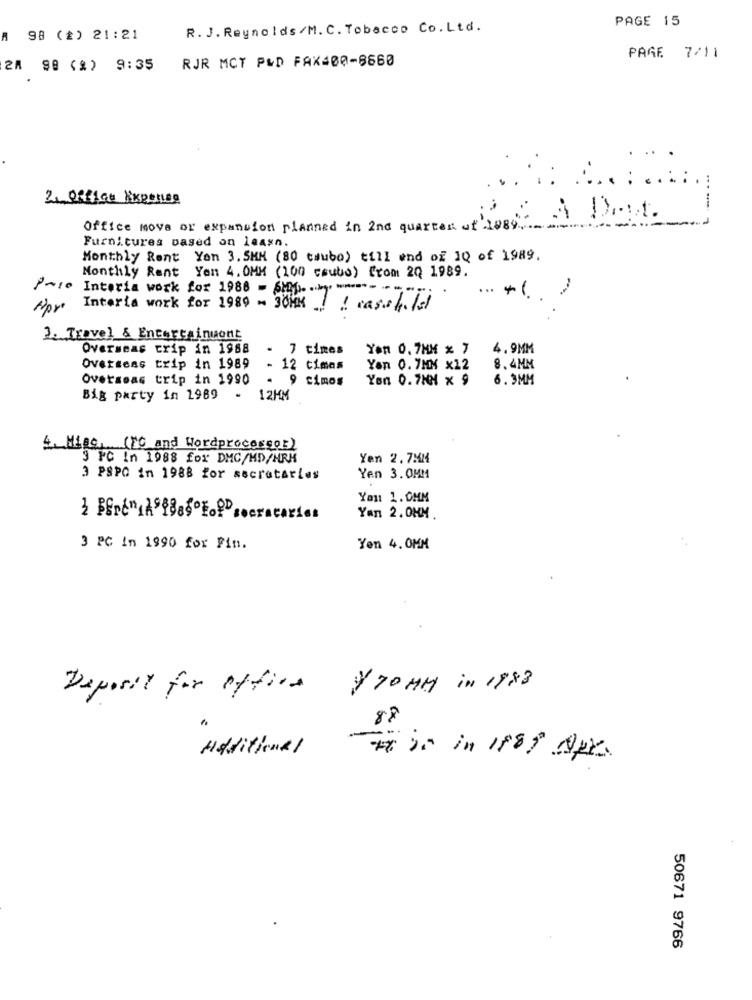
PAGE 15
R. J. Reynolds/M. C. Tobacco Co.Ltd.
A 98 (2) 21:21
RJR MCT P&D FAX:00-8660
PAGE 7/11
24 99 (2) 9:35
2. Office Exponen
À Det.
Office move or expansion planned in 2nd quarter of 1989"
Furnitures based on leasn.
Monthly Rent Yon 3.5MM (80 taubo) till end of 10 of 1989.
Monthly Rent Yen 4. 0MM (100 csuto) from 20 1989.
Pose Interia work for 1988 -6 .....
... ....
Interia work for 1980 - 30HK .. ! casseTTE
2. Travel & Entertainment
Overseas trip in 1988
. 7 times
Yon 0.7MM x 7
4.9MM
Overseas trip in 1989
- 12 cimas
Yon 0.7MM x12
8.4MM
Overseas trip in 1990
9 cimos
Yon 0.7MM x 9
6.3MM
Big party in 1989
.
12HM
4. Miec, (PC and Wordprocessor)
3 PC In 1988 for DMC/HD/HRK
Yen 2.7MM
3 PSPO in 1988 for secretaries
Yen 3.0MM
You 1.0MM
Yan 2.OHM
3 PC In 1990 for Fin.
Yon 4. 0MM
/ 70 MM in 1988
Deposit for office
88
Additional
50671 9766